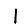
Digit: 1